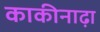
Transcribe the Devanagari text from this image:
काकीनाढ़ा